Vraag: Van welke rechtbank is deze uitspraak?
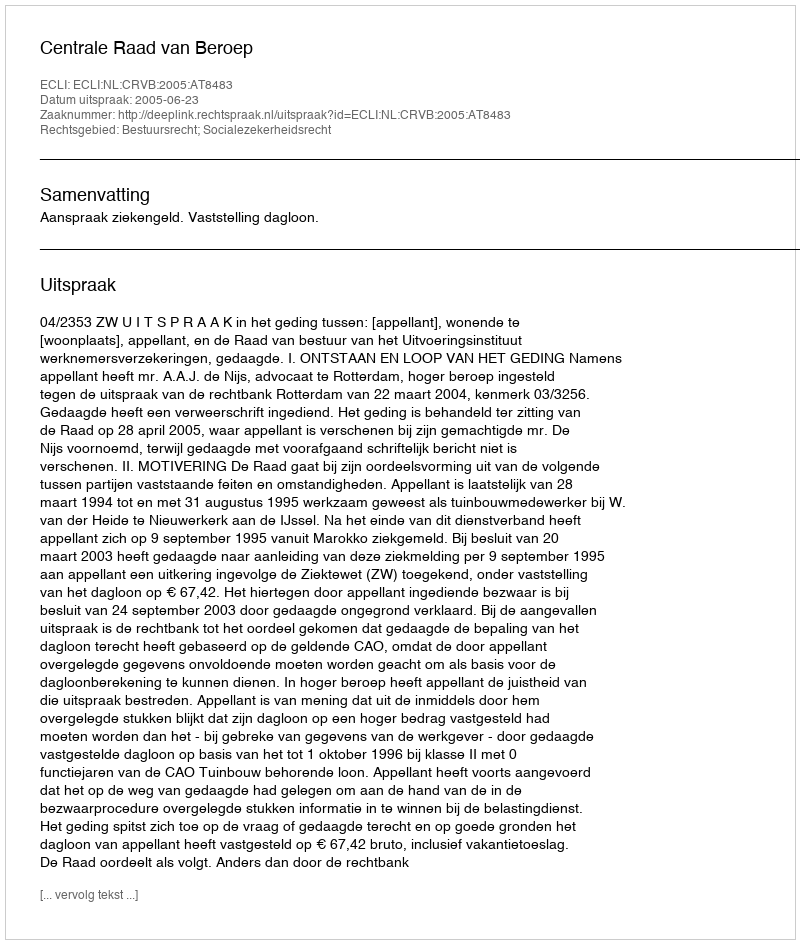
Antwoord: Centrale Raad van Beroep